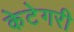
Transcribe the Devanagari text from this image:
केटेगरी